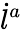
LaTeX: \dot{l}^{a}